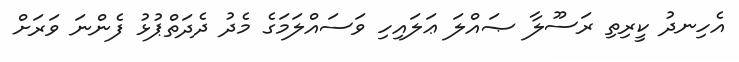
އެހިނދު ކީރިތި ރަސޫލާ ޞައްލަ ޢަލައިހި ވަސައްލަމަގެ މެދު ދެދަތްޕުޅު ފެންނަ ވަރަށް